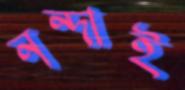
নন্দাই